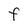
Character: F